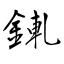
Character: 錷